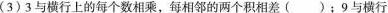
(3)3与横行上的每个数相乘，每相邻的两个积相差( )；9与横行